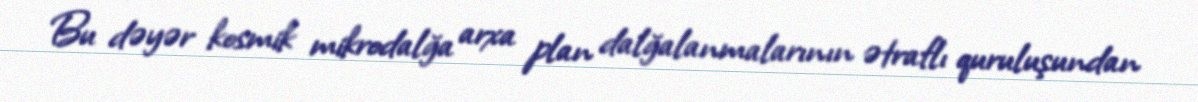
Bu dəyər kosmik mikrodalğa arxa plan dalğalanmalarının ətraflı quruluşundan